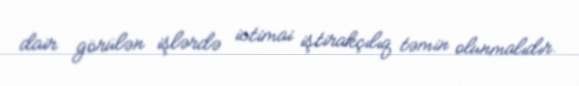
dair görülən işlərdə ictimai iştirakçılıq təmin olunmalıdır.